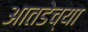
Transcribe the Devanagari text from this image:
आतडेच्या